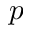
p